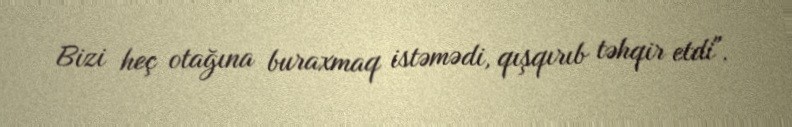
Bizi heç otağına buraxmaq istəmədi, qışqırıb təhqir etdi".